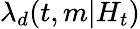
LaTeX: \lambda_{d}(t,m|H_{t})